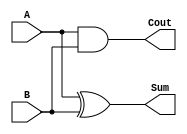
`timescale 1ns / 1ps
//////////////////////////////////////////////////////////////////////////////////
// Company: 
// Engineer: 
// 
// Design Name: 
// Module Name: HalfAdd
// Project Name: 
// Target Devices: 
// Tool Versions: 
// Description: 
// 
// Dependencies: 
// 
// Revision:
// Revision 0.01 - File Created
// Additional Comments:
// 
//////////////////////////////////////////////////////////////////////////////////


module HalfAdd( Cout, Sum, A, B);

input A,B;

output Cout,Sum;

xor xor1(Sum,A,B);

and and1(Cout, A,B);

endmodule